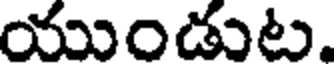
యుండుట.